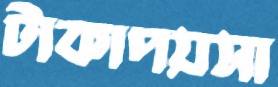
টাকাপয়সা